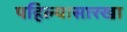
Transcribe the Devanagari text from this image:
पहिल्यासारखा